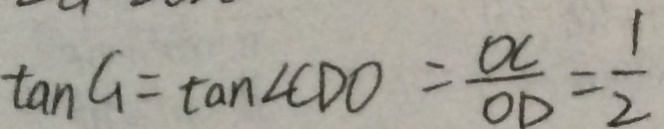
\tan G = \tan \angle C D O = \frac { O C } { O D } = \frac { 1 } { 2 }